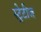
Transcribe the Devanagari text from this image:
स्ट्रेटीज